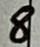
Text: 8